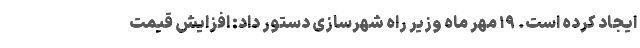
ایجاد کرده است. ۱۹ مهر ماه وزیر راه شهرسازی دستور داد: افزایش قیمت